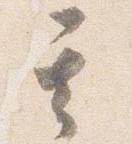
其